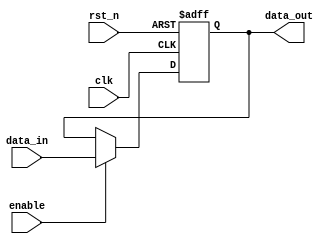
module input_register #(
    parameter WIDTH = 8 // Parameter for bit width of the register
)(
    input wire clk,            // Clock signal
    input wire rst_n,         // Asynchronous active-low reset signal
    input wire enable,        // Enable signal for capturing data
    input wire [WIDTH-1:0] data_in, // Input data signals
    output reg [WIDTH-1:0] data_out // Output data signals
);

// Sequential logic block for capturing input data
always @(posedge clk or negedge rst_n) begin
    if (!rst_n) begin
        // Asynchronous reset to zero
        data_out <= {WIDTH{1'b0}};
    end else if (enable) begin
        // Capture input data on clock edge if enabled
        data_out <= data_in;
    end
    // If enable is low, retain previous value
end

endmodule